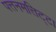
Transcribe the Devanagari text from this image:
पत्तनमत्तिट्टा